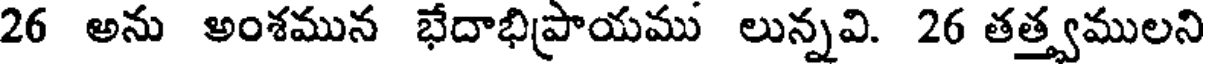
26 అను అంశమున భేదాభిప్రాయము లున్నవి. 26 తత్త్వములని